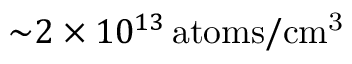
\small { \sim } 2 \times 1 0 ^ { 1 3 } \, \mathrm { a t o m s / c m ^ { 3 } }